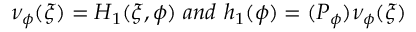
\nu _ { \phi } ( \xi ) = H _ { 1 } ( \xi , \phi ) \ a n d \ h _ { 1 } ( \phi ) = ( P _ { \phi } ) \nu _ { \phi } ( \xi )